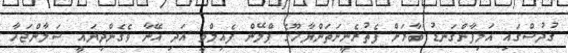
ޤުދުސްގައި އަލިފާންގަނޑު ބާރަށް ފެތުރެނީނަތަންޔާހޫގެ ޕްލޭން ފެއިލްވީ އަދި އޭނާ ވެގެންދިޔައީ ސަލާންޖަހާ